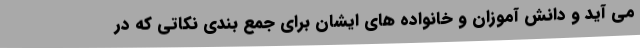
می آید و دانش آموزان و خانواده های ایشان برای جمع بندی نکاتی که در